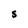
Character: s